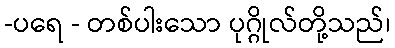
-ပရေ - တစ်ပါးသော ပုဂ္ဂိုလ်တို့သည်၊